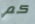
كم